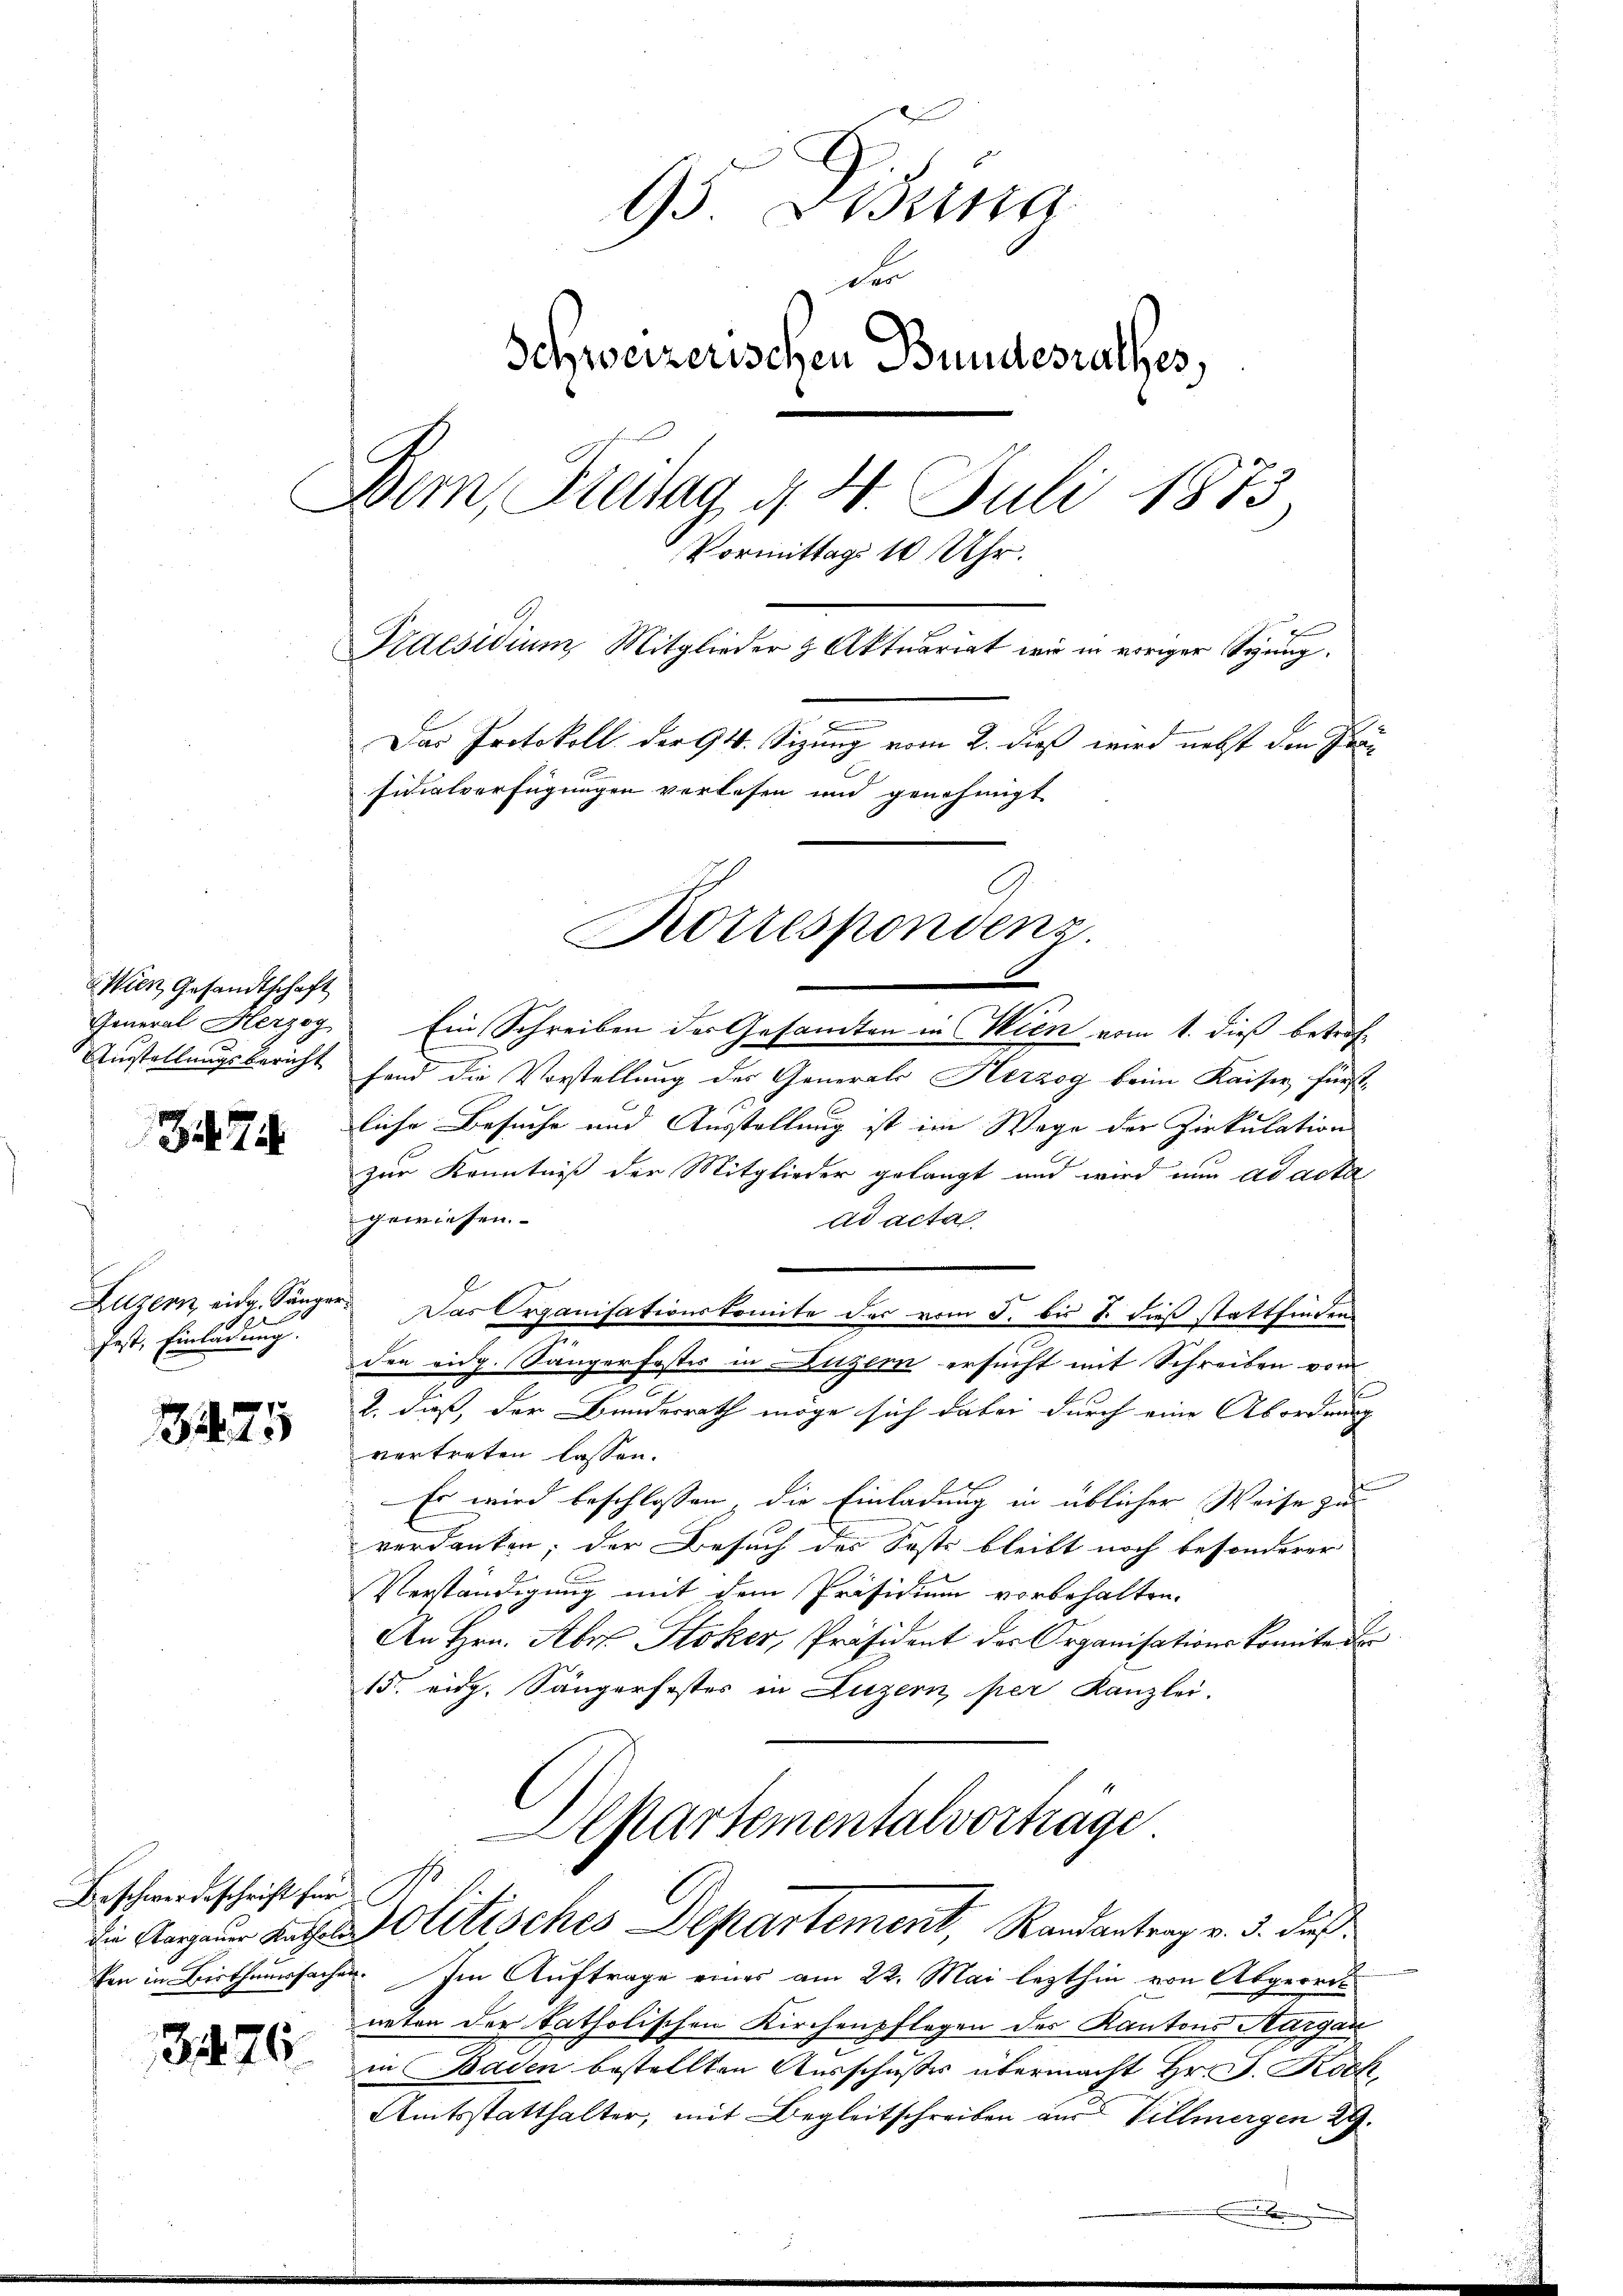
Wien Gesandtschaft

Z. 7

Luzern, eidg. Sänger
1822
fest, Einladung.

75

Beschwerdeschrift für

376.

13 sind
des
Schweizerischen Bundesrathes,
e
.
Bern, Breitag d
4. Juli 1873.
Vormittags 10 Uhr.
Praesidium Mitglieder & Aktuariat wir in einiger Syung.
Das Protokoll der 94. Sizung vom 2. dieß wird nebst den Frau
sidialverfügungen verlesen und genehmigt

General Herzog Ein Schreiben des Gesamten in Wien vom 1. dieß betrof¬
Austellungsbericht fand die Vorstellung der Generals Herzog beim Kaiser, fürst
liche Besuche und Ausstellung ist im Wege der Zirkulation
zur Kenntniß der Mitglieder gelangt und wird nun ad acta
gewiesen.
ad acta
Das Organisationskomite des vom 5. bis 8. dieß stattfinden
den eidg. Sängerfestes in Dutzern ersucht mit Schreiben vom
2. daß, der Bundesrath möge sich dabei durch eine Abordnung
vertreten lassen.
Es wird beschlossen, die Einladung in üblicher Weise zu
verdanken; der Besuch des Sosts bleibt noch besonderer
Verständigung mit dem Präsidium vorbehalten.
An Hrn. Aber Stoker, Präsident des Organisationskomite d
15. eidg. Sängerfester in Luzern per Kanzlei.
Alptartementalvorträge

Korrespondenz.

die Aargauer auffel Olitisches Departement, Randantrag v. 5. daß

ken in Bisthaussachen. Im Auftrage eines am 22. Mai lezthin von Abgeordneten der katholischen Kirchenpflegen des Kantons Aargau
in Baden bestellten Ausschußes übermacht Hr. J. Rock
Amtsstatthalter, mit Begleitschreiben aus Villmergen 29.